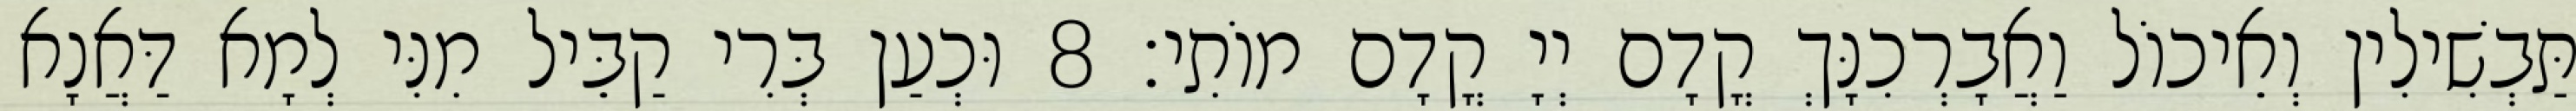
תַּבְשִׁילִין וְאֵיכוֹל וַאֲבָרְכִנָּךְ קֳדָם יְיָ קֳדָם מוֹתִי׃ 8 וּכְעַן בְּרִי קַבֵּיל מִנִּי לְמָא דַּאֲנָא